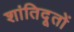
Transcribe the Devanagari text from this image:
शांतिदूतों